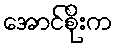
အောင်စိုးက